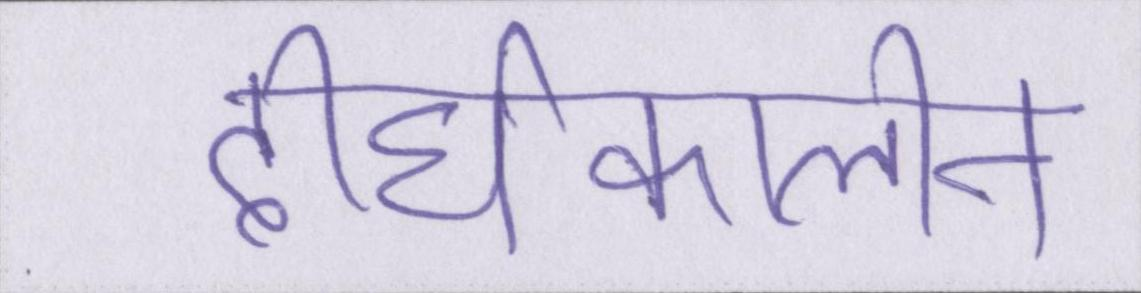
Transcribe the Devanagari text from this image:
दीर्घकालीन